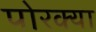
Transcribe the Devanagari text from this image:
पोरक्या